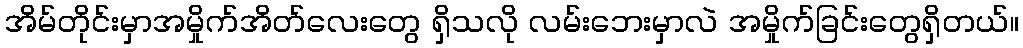
အိမ်တိုင်းမှာအမှိုက်အိတ်လေးတွေ ရှိသလို လမ်းဘေးမှာလဲ အမှိုက်ခြင်းတွေရှိတယ်။